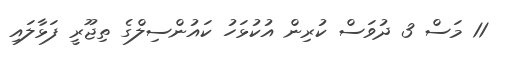
11 މަސް 3 ދުވަސް ކުރިން އުކުޅަހު ކައުންސިލްގެ ތިޖޫރީ ފަޅާލައި